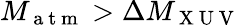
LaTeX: M_{\mathrm{~a~t~m~}}>\Delta M_{\mathrm{~X~U~V~}}